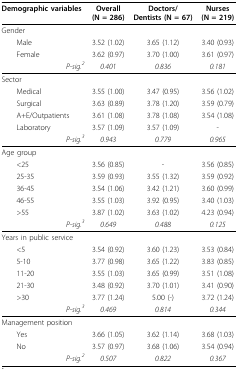
<table><thead><tr><td><b>Demographic variables</b></td><td><b>Overall(N = 286)</b></td><td><b>Doctors/Dentists (N = 67)</b></td><td><b>Nurses(N = 219)</b></td></tr></thead><tbody><tr><td>Gender</td><td></td><td></td><td></td></tr><tr><td> Male</td><td>3.52 (1.02)</td><td>3.65 (1.12)</td><td>3.40 (0.93)</td></tr><tr><td> Female</td><td>3.62 (0.97)</td><td>3.70 (1.00)</td><td>3.61 (0.97)</td></tr><tr><td><i>P-sig.<sup>2</sup></i></td><td><i>0.401</i></td><td><i>0.836</i></td><td><i>0.181</i></td></tr><tr><td>Sector</td><td></td><td></td><td></td></tr><tr><td> Medical</td><td>3.55 (1.00)</td><td>3.47 (0.95)</td><td>3.56 (1.02)</td></tr><tr><td> Surgical</td><td>3.63 (0.89)</td><td>3.78 (1.20)</td><td>3.59 (0.79)</td></tr><tr><td> A+E/Outpatients</td><td>3.61 (1.08)</td><td>3.78 (1.08)</td><td>3.54 (1.08)</td></tr><tr><td> Laboratory</td><td>3.57 (1.09)</td><td>3.57 (1.09)</td><td>-</td></tr><tr><td><i>P-sig.<sup>3</sup></i></td><td><i>0.943</i></td><td><i>0.779</i></td><td><i>0.965</i></td></tr><tr><td>Age group</td><td></td><td></td><td></td></tr><tr><td> &lt;25</td><td>3.56 (0.85)</td><td>-</td><td>3.56 (0.85)</td></tr><tr><td> 25-35</td><td>3.59 (0.93)</td><td>3.55 (1.32)</td><td>3.59 (0.92)</td></tr><tr><td> 36-45</td><td>3.54 (1.06)</td><td>3.42 (1.21)</td><td>3.60 (0.99)</td></tr><tr><td> 46-55</td><td>3.55 (1.03)</td><td>3.92 (0.95)</td><td>3.40 (1.03)</td></tr><tr><td> &gt;55</td><td>3.87 (1.02)</td><td>3.63 (1.02)</td><td>4.23 (0.94)</td></tr><tr><td><i>P-sig.<sup>3</sup></i></td><td><i>0.649</i></td><td><i>0.488</i></td><td><i>0.125</i></td></tr><tr><td>Years in public service</td><td></td><td></td><td></td></tr><tr><td> &lt;5</td><td>3.54 (0.92)</td><td>3.60 (1.23)</td><td>3.53 (0.84)</td></tr><tr><td> 5-10</td><td>3.77 (0.98)</td><td>3.65 (1.22)</td><td>3.83 (0.85)</td></tr><tr><td> 11-20</td><td>3.55 (1.03)</td><td>3.65 (0.99)</td><td>3.51 (1.08)</td></tr><tr><td> 21-30</td><td>3.48 (0.92)</td><td>3.70 (1.01)</td><td>3.41 (0.90)</td></tr><tr><td> &gt;30</td><td>3.77 (1.24)</td><td>5.00 (-)</td><td>3.72 (1.24)</td></tr><tr><td><i>P-sig.<sup>3</sup></i></td><td><i>0.469</i></td><td><i>0.814</i></td><td><i>0.344</i></td></tr><tr><td>Management position</td><td></td><td></td><td></td></tr><tr><td> Yes</td><td>3.66 (1.05)</td><td>3.62 (1.14)</td><td>3.68 (1.03)</td></tr><tr><td> No</td><td>3.57 (0.97)</td><td>3.68 (1.06)</td><td>3.54 (0.94)</td></tr><tr><td><i>P-sig.<sup>2</sup></i></td><td><i>0.507</i></td><td><i>0.822</i></td><td><i>0.367</i></td></tr></tbody></table>